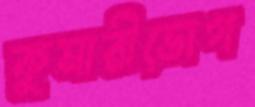
কুমারীভোগ